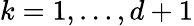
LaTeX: k=1,\ldots,d+1